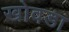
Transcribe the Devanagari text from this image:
खोवडा